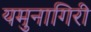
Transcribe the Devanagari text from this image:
यमुनागिरी